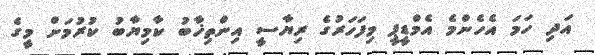
އަދި ހަމަ އެހެންމެ އެމްޑީޕީ މިފަހަރުގެ ރިޔާސީ އިންތިޚާބު ކާމިޔާބު ކުރުމަށް މީގެ